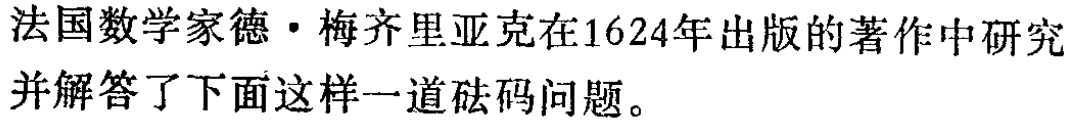
法国数学家德·梅齐里亚克在1624年出版的著作中研究并解答了下面这样一道砝码问题。